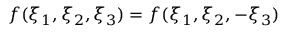
f ( \xi _ { 1 } , \xi _ { 2 } , \xi _ { 3 } ) = f ( \xi _ { 1 } , \xi _ { 2 } , - \xi _ { 3 } )